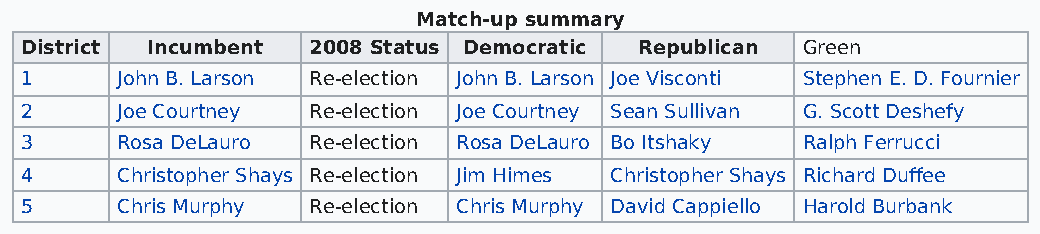
Match-up summary
 District Incumbent 2008 Status Democratic Republican Green
 1      John B. Larson Re-election John B. Larson Joe Visconti Stephen E. D. Fournier
 2      Joe Courtney Re-election Joe Courtney Sean Sullivan G. Scott Deshefy
 3      Rosa DeLauro Re-election Rosa DeLauro Bo Itshaky Ralph Ferrucci
 4      Christopher Shays Re-election Jim Himes Christopher Shays Richard Duffee
 5      Chris Murphy Re-election Chris Murphy David Cappiello Harold Burbank